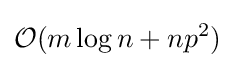
{\mathcal {O}}(m\log n+np^{2})